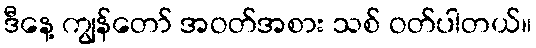
ဒီနေ့ ကျွန်တော် အဝတ်အစား သစ် ဝတ်ပါတယ်။